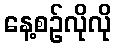
နေ့စဉ်လိုလို